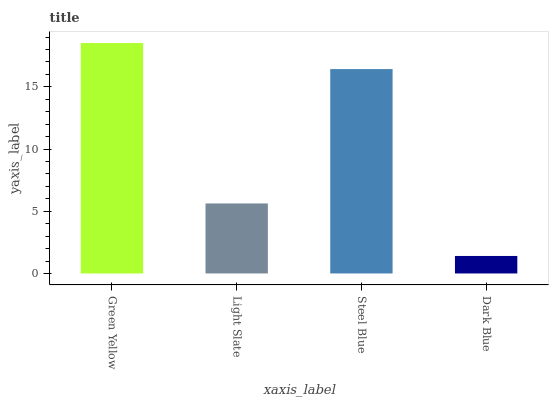
| xaxis_label | bars |
 | --- | --- |
 | Green Yellow | 18.5 |
 | Light Slate | 5.63 |
 | Steel Blue | 16.4 |
 | Dark Blue | 1.41 |